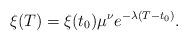
LaTeX: \begin{align*} \xi(T)=\xi(t_{0})\mu^{\nu}e^{-\lambda(T-t_{0})}.\end{align*}